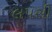
લપસી